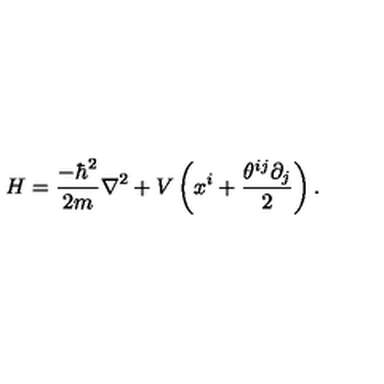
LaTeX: H = \frac { - \hbar ^ { 2 } } { 2 m } \nabla ^ { 2 } + V \left( x ^ { i } + \frac { \theta ^ { i j } \partial _ { j } } { 2 } \right) .